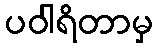
ပဝါရိတာမှ